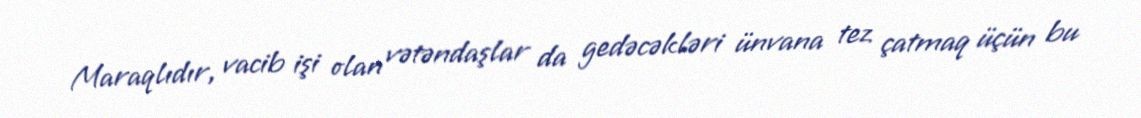
Maraqlıdır, vacib işi olan vətəndaşlar da gedəcəkləri ünvana tez çatmaq üçün bu